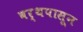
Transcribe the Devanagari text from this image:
वर्थपासून